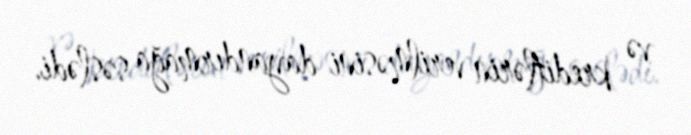
və kreditlərin verilməsini dayandırmağa səslədi.